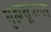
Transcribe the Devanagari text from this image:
गृह्यसूत्रावर